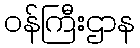
ဝန်ကြီးဌာန